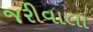
જરીવાલા